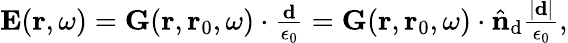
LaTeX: \begin{array}{r}{\mathbf{E}(\mathbf{r},\omega)=\mathbf{G}(\mathbf{r},\mathbf{r}_{0},\omega)\cdot\frac{\mathbf{d}}{\epsilon_{0}}=\mathbf{G}(\mathbf{r},\mathbf{r}_{0},\omega)\cdot\hat{\mathbf{n}}_{\mathrm{d}}\frac{|\mathbf{d}|}{\epsilon_{0}},}\end{array}